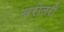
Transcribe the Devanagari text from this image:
चरोतरी